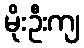
မိုးဦးကျ